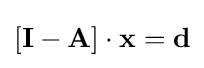
[\mathbf {I} -\mathbf {A} ]\cdot \mathbf {x} =\mathbf {d}